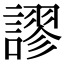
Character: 謬